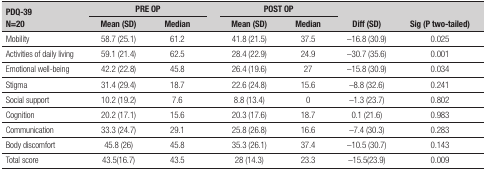
<table><thead><tr><td rowspan="2"><b>PDQ-39N=20</b></td><td colspan="2"><b>PREOP</b></td><td rowspan="2"><b> </b></td><td colspan="2"><b>POSTOP</b></td><td rowspan="2"><b>Diff(SD)</b></td><td rowspan="2"><b>Sig (Ptwo-tailed)</b></td></tr><tr><td><b>Mean(SD)</b></td><td><b>Median</b></td><td><b>Mean(SD)</b></td><td><b>Median</b></td></tr></thead><tbody><tr><td>Mobility</td><td>58.7 (25.1)</td><td>61.2</td><td> </td><td>41.8 (21.5)</td><td>37.5</td><td>-16.8 (30.9)</td><td>0.025</td></tr><tr><td>Activities of daily living</td><td>59.1 (21.4)</td><td>62.5</td><td> </td><td>28.4 (22.9)</td><td>24.9</td><td>-30.7 (35.6)</td><td>0.001</td></tr><tr><td>Emotional well-being</td><td>42.2 (22.8)</td><td>45.8</td><td> </td><td>26.4 (19.6)</td><td>27</td><td>-15.8 (30.9)</td><td>0.034</td></tr><tr><td>Stigma</td><td>31.4 (29.4)</td><td>18.7</td><td> </td><td>22.6 (24.8)</td><td>15.6</td><td>-8.8 (32.6)</td><td>0.241</td></tr><tr><td>Social support</td><td>10.2 (19.2)</td><td>7.6</td><td> </td><td>8.8 (13.4)</td><td>0</td><td>-1.3 (23.7)</td><td>0.802</td></tr><tr><td>Cognition</td><td>20.2 (17.1)</td><td>15.6</td><td> </td><td>20.3 (17.6)</td><td>18.7</td><td>0.1 (21.6)</td><td>0.983</td></tr><tr><td>Communication</td><td>33.3 (24.7)</td><td>29.1</td><td> </td><td>25.8 (26.8)</td><td>16.6</td><td>-7.4 (30.3)</td><td>0.283</td></tr><tr><td>Body discomfort</td><td>45.8 (26)</td><td>45.8</td><td> </td><td>35.3 (26.1)</td><td>37.4</td><td>-10.5 (30.7)</td><td>0.143</td></tr><tr><td>Total score</td><td>43.5(16.7)</td><td>43.5</td><td> </td><td>28 (14.3)</td><td>23.3</td><td>-15.5(23.9)</td><td>0.009</td></tr></tbody></table>